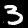
Digit: 3